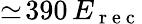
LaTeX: \simeq\! 390\, E_{\mathrm{~r~e~c~}}